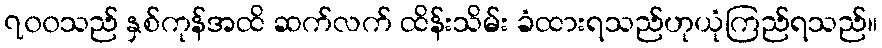
၇၀၀သည် နှစ်ကုန်အထိ ဆက်လက် ထိန်းသိမ်း ခံထားရသည်ဟုယုံကြည်ရသည်။